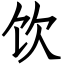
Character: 饮